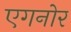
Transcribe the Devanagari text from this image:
एगनोर